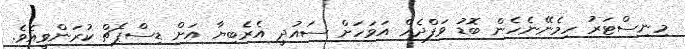
މިނިސްޓަރު ހިމެނޭނެހެން ބޮޑު ވަފްދެއް އަވަހަށް ސައުދީ އެރެބިޔާ އަށް ޑިސްޕެޗް ކުރަންވީއެވެ.